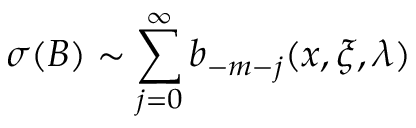
\sigma ( B ) \sim \sum _ { j = 0 } ^ { \infty } b _ { - m - j } ( x , \xi , \lambda ) \,